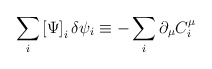
\begin{align*}\sum_{i}\left[ \Psi \right] _{i}\delta \psi _{i}\equiv -\sum_{i}\partial_{\mu }C_{i}^{\mu } \end{align*}